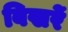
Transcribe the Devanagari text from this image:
बिखरें